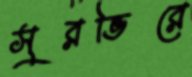
সুরভিরে